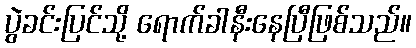
ပွဲခင်းပြင်သို့ ရောက်ခါနီးနေပြီဖြစ်သည်။